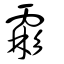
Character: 霦